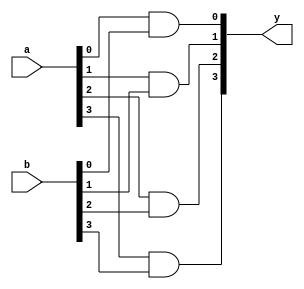
module ands #(
    parameter N = 4
) (
    input  [N - 1:0] a,
    input  [N - 1:0] b,
    output [N - 1:0] y
);
  genvar i;
  for (i = 0; i < N; i = i + 1) begin
    and (y[i], a[i], b[i]);
  end
endmodule

module ors #(
    parameter N = 4
) (
    input  [N - 1:0] a,
    input  [N - 1:0] b,
    output [N - 1:0] y
);
  genvar i;
  for (i = 0; i < N; i = i + 1) begin
    or (y[i], a[i], b[i]);
  end
endmodule

module nots #(
    parameter N = 4
) (
    input  [N - 1:0] a,
    output [N - 1:0] y
);
  genvar i;
  for (i = 0; i < N; i = i + 1) begin
    not (y[i], a[i]);
  end
endmodule